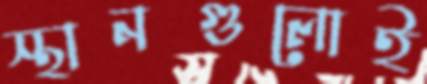
স্থানগুলোই